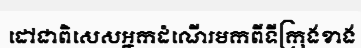
ដៅជាពិសេសអ្នកដំណើរមកពីទីក្រុងខាង